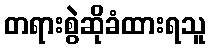
တရားစွဲဆိုခံထားရသူ